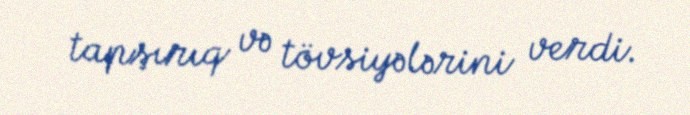
tapşırıq və tövsiyələrini verdi.